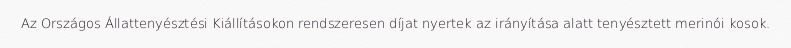
Az Országos Állattenyésztési Kiállításokon rendszeresen díjat nyertek az irányítása alatt tenyésztett merinói kosok.